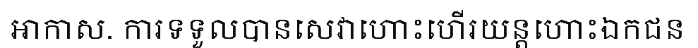
អាកាស. ការទទួលបានសេវាហោះហើរយន្តហោះឯកជន